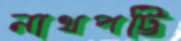
নাথপট্টি